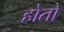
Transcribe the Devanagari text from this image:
होतों